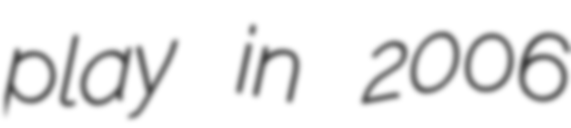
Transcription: play in 2006